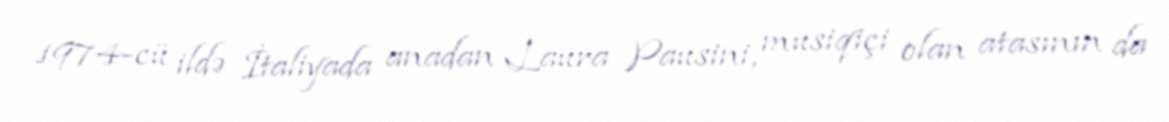
1974-cü ildə İtaliyada anadan Laura Pausini, musiqiçi olan atasının da